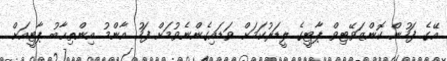
އޭގެ ފަހުން ކޮންޒަވޭޓިވް ޕާޓީގެ ލީޑަރުކަމަށް ވަޑައިގެންނެވުމަށް ފަހު އާންމު އިންތިޙާބު ޕާޓީއަށް